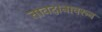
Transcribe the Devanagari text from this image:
तावदानावरून